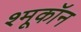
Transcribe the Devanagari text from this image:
श्मूकॉन